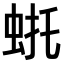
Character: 𫊴